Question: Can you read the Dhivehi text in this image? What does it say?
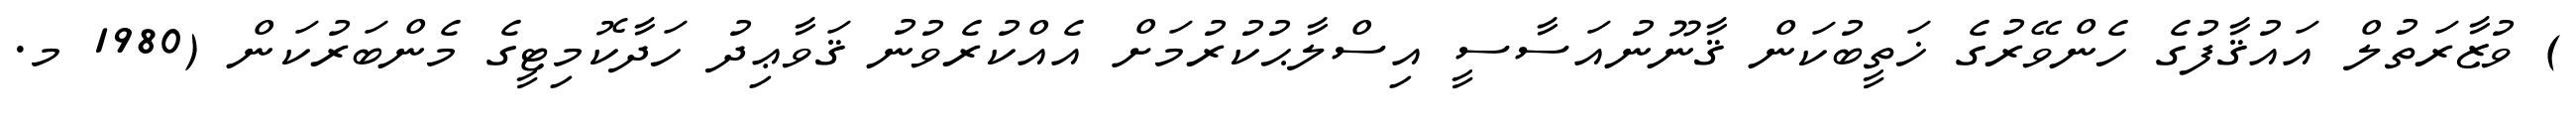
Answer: ) ވުޒާރަތުލް އައުޤާފުގެ ހެންވޭރުގެ ޚަތީބުކަން ޤާނޫނުއަސާސީ އިސްލާޙުކުރުމަށް އެއްކުރެވުނު ޤަވާޢިދު ހަދާކޮމިޓީގެ މެންބަރުކަން (1980 މ.